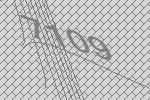
7109